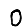
Digit: 0